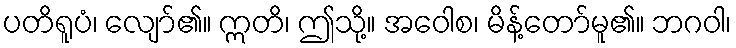
ပတိရူပံ၊ လျော်၏။ ဣတိ၊ ဤသို့။ အဝေါစ၊ မိန့်တော်မူ၏။ ဘဂဝါ၊